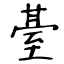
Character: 䑓